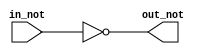
// Belinda Brown Ramrez
// Mayo, 2020
// timna.brown@ucr.ac.cr

`ifndef INVERSOR_AS_NOT_GATE
`define INVERSOR_AS_NOT_GATE


module inversor_as_not_gate(
// Both output and input are wires
input in_not,
output out_not
);
      // Assign the inverse input to the output
      assign #2.4 out_not = ~in_not;
    endmodule

  // Local Variables:
  // verilog-library-directories:("."):
  // verilog-auto-wire-type:\"logic\"
  // End:

  `endif